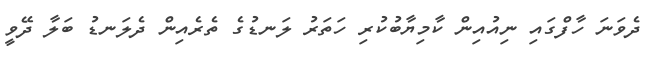
ދެވަނަ ހާފްގައި ނިއުއިން ކާމިޔާބުކުރި ހަތަރު ލަނޑުގެ ތެރެއިން ދެލަނޑު ބަލާ ދޭވީ